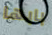
بابها